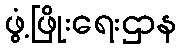
ဖွံ့ဖြိုးရေးဌာန